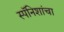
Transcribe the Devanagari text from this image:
स्पॅनिशांचा